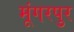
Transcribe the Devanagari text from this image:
मूंगरपुर